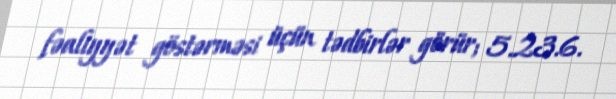
fəaliyyət göstərməsi üçün tədbirlər görür; 5.23.6.